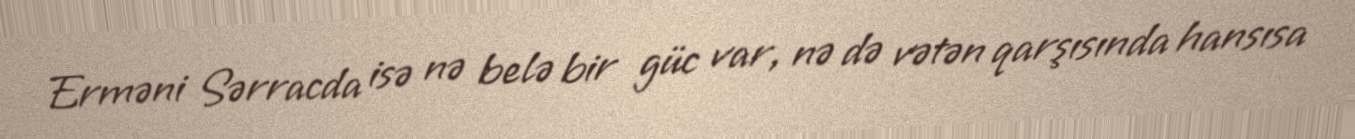
Erməni Sərracda isə nə belə bir güc var, nə də vətən qarşısında hansısa